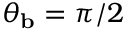
\theta _ { \mathbf { b } } = \pi / 2